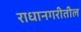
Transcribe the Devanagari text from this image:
राधानगरीतील